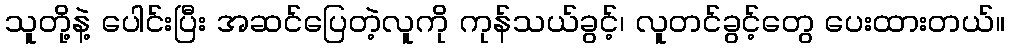
သူတို့နဲ့ ပေါင်းပြီး အဆင်ပြေတဲ့လူကို ကုန်သယ်ခွင့်၊ လူတင်ခွင့်တွေ ပေးထားတယ်။